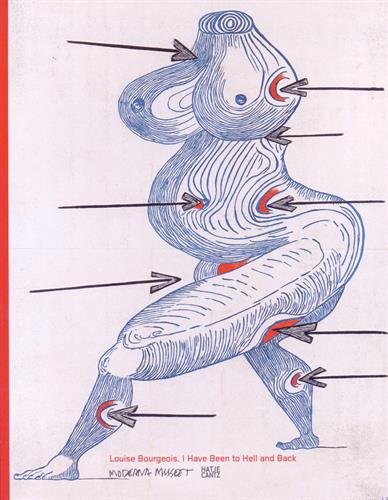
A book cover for Louise Bourgeois: I Have Been to Hell and Back; Iris MÃ¼ller-Westermann; Arts & Photography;